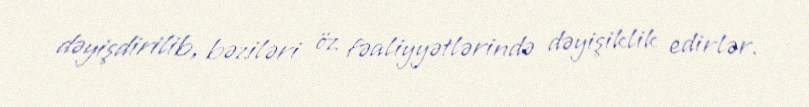
dəyişdirilib, bəziləri öz fəaliyyətlərində dəyişiklik edirlər.